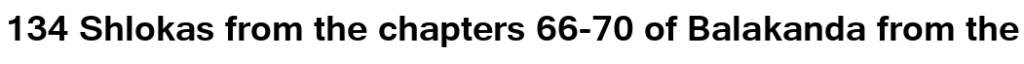
134 Shlokas from the chapters 66-70 of Balakanda from the